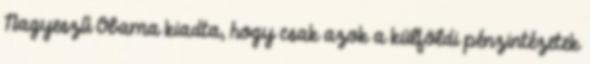
Nagyeszű Obama kiadta, hogy csak azok a külföldi pénzintézetek